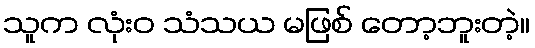
သူက လုံးဝ သံသယ မဖြစ် တော့ဘူးတဲ့။